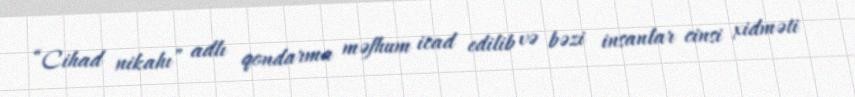
“Cihad nikahı” adlı qondarma məfhum icad edilib və bəzi insanlar cinsi xidməti